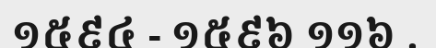
១៥៩៤ - ១៥៩៦ ១១៦ .